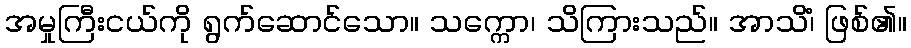
အမှုကြီးငယ်ကို ရွက်ဆောင်သော။ သက္ကော၊ သိကြားသည်။ အာသိံ၊ ဖြစ်၏။